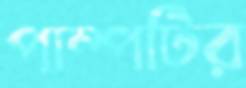
পাম্পটির